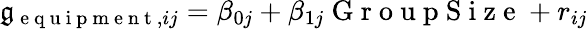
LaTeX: \mathfrak{g}_{\mathrm{{~e~q~u~i~p~m~e~n~t~}},ij}=\beta_{0j}+\beta_{1j}\mathrm{{~G~r~o~u~p~S~i~z~e~}}+r_{ij}